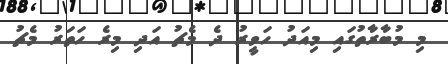
މި މުބާރާތުގައި މިއަދު ހަވީރު ދެ މެޗު އަދި މިރެ ހަތަރު މެޗު